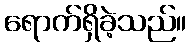
ရောက်ရှိခဲ့သည်။